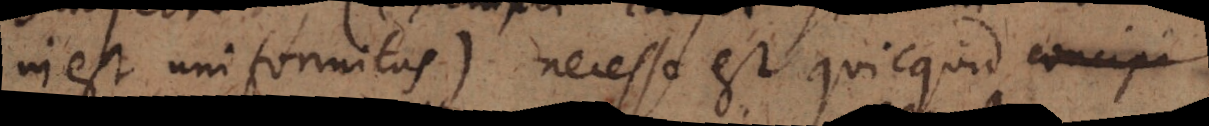
in est uniformitas), necesse est quicquid